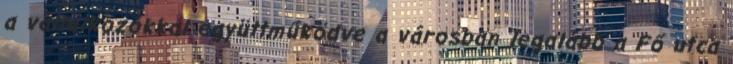
a vállalkozókkal együttműködve a városban legalább a Fő utca